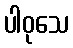
ပါဝုသေ